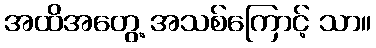
အထိအတွေ့ အသစ်ကြောင့် သာ။